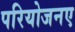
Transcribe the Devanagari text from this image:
परियोजनए